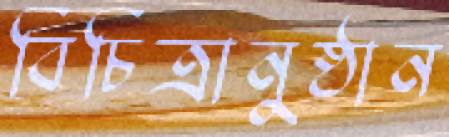
বিচিত্রানুষ্ঠান